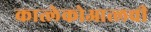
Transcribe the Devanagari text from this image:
कात्लेकोआत्लची